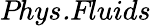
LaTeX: \textit{Phys.Fluids}